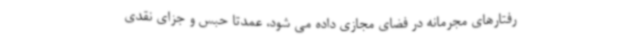
رفتارهای مجرمانه در فضای مجازی داده می شود، عمدتا حبس و جزای نقدی